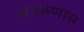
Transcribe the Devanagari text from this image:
अंथरूणास